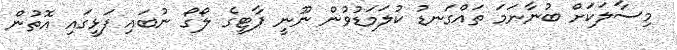
މިސާލަކަށް ބުނާނަމަ ތައްގަނޑު ކުލަމަޑުވުން ނޫނީ ޕާޓީގެ ލޯގޯ ނުބައި ފަޅީގައި އޮތުން